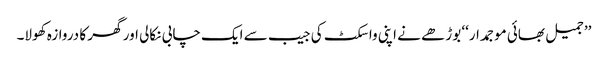
’’جمیل بھائی موجمدار‘‘ بوڑھے نے اپنی واسکٹ کی جیب سے ایک چابی نکالی اور گھر کا دروازہ کھولا۔